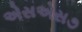
એસએસ૭